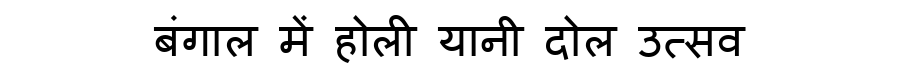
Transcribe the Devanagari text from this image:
बंगाल में होली यानी दोल उत्सव